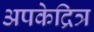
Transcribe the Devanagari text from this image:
अपकेद्रित्र